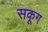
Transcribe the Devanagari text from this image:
सकूग